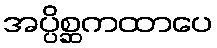
အပ္ပိစ္ဆကထာပေ